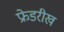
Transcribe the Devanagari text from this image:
फ्रेडरीख